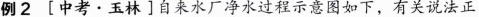
例2 [中考·玉林]自来水厂净水过程示意图如下，有关说法正